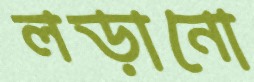
লড়ানো